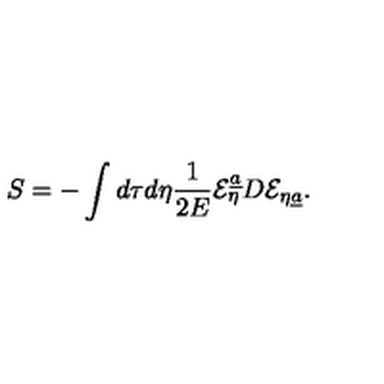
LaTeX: S = - \int d \tau d \eta { \frac { 1 } { 2 E } } { \cal E } _ { \eta } ^ { \underline { a } } D { \cal E } _ { \eta \underline { a } } .